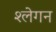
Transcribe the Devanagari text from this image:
श्लेगन